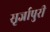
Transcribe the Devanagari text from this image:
सृर्जापुरी